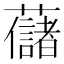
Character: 𧄔